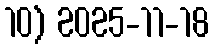
10) 2025-11-18